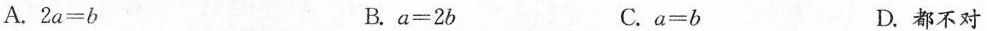
A.$$2 a = b$$ B.$$a = 2 b$$ C.$$a = b$$ D.都不对